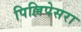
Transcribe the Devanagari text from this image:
पिल्लिपेसरा